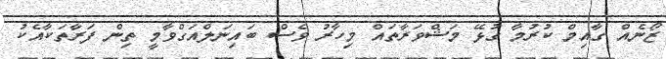
ޒޯނެއް ގާއިމް ކުރުމާ ގުޅޭ މަޝްވަރާތައް މިހާރު ވެސް ބައިނަލްއަގްވާމީ ތިން ފަރާތަކާއެކު